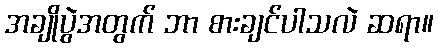
အချိုပွဲအတွက် ဘာ စားချင်ပါသလဲ ဆရာ။